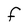
Character: F